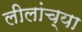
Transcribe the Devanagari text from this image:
लीलांच्या